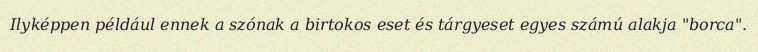
Ilyképpen például ennek a szónak a birtokos eset és tárgyeset egyes számú alakja "borca".